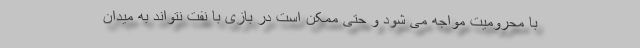
با محرومیت مواجه می شود و حتی ممکن است در بازی با نفت نتواند به میدان